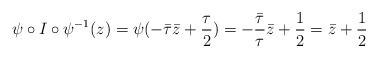
LaTeX: \begin{align*} \psi\circ I\circ \psi^{-1}(z)= \psi (-\bar \tau \bar z + \frac{\tau}{2}) = -\frac{\bar \tau}{\tau} \bar z + \frac{1}{2} =\bar z + \frac{1}{2}\end{align*}